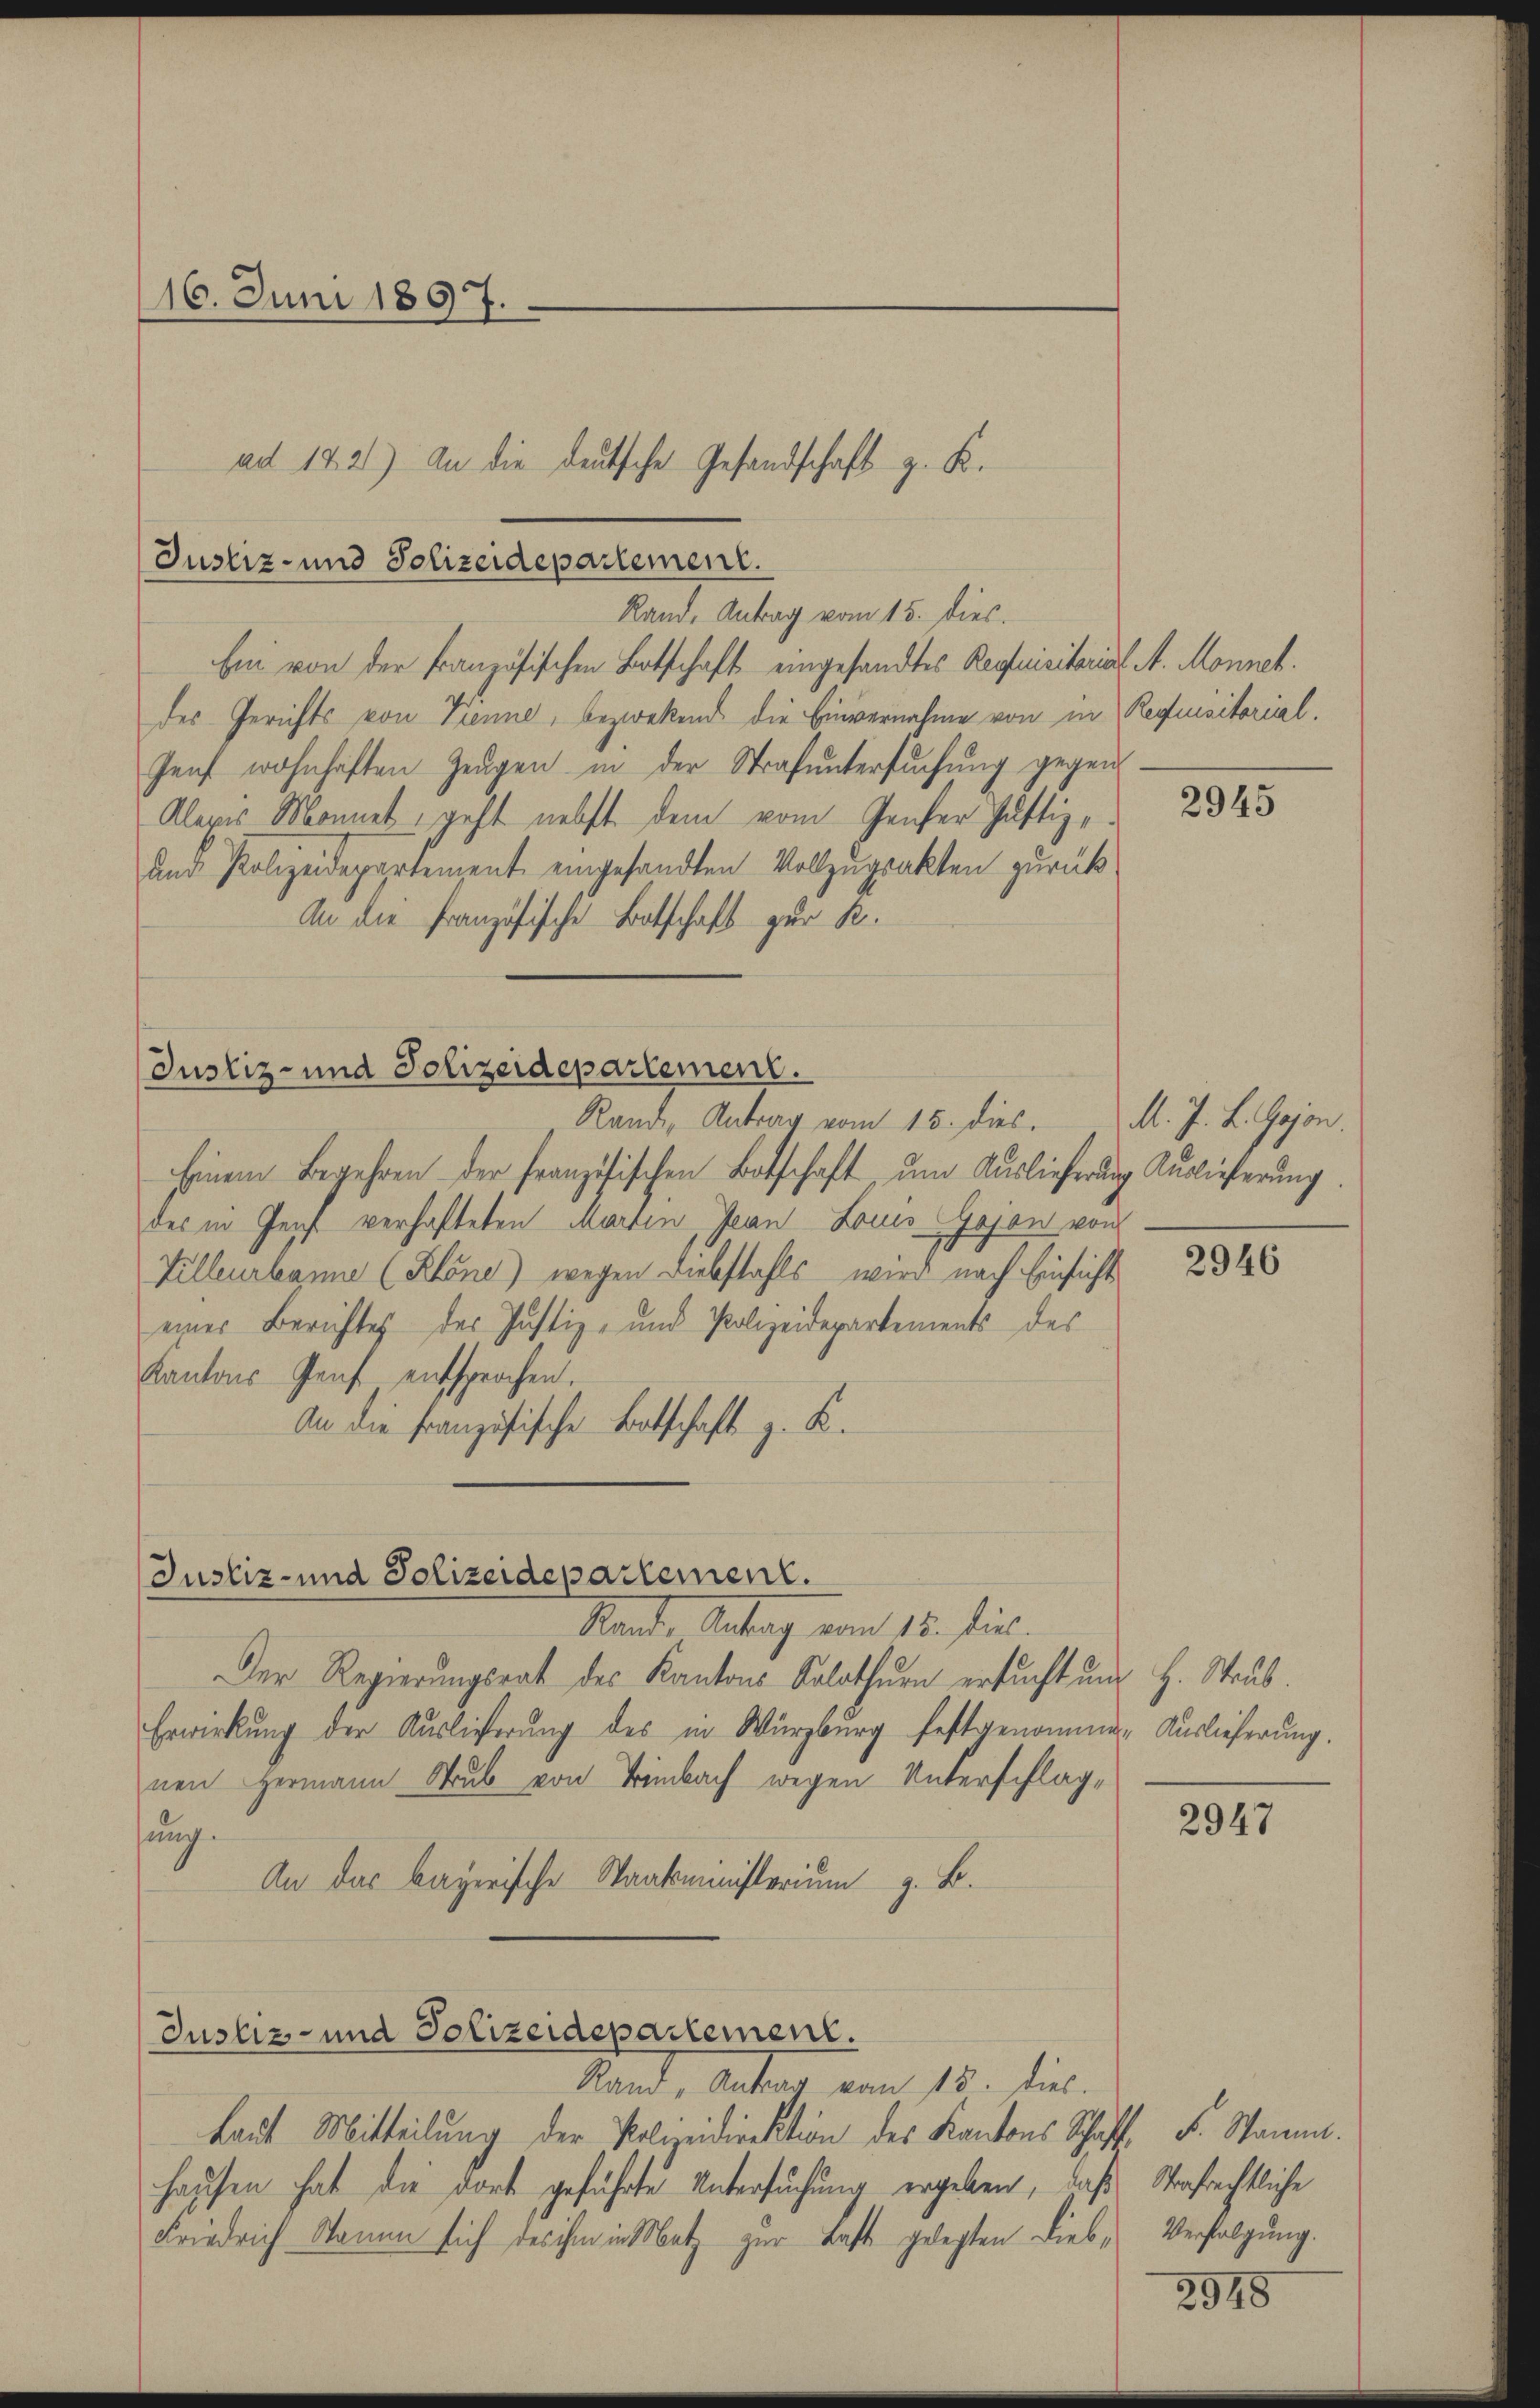
16. Juni 1897.

Ein von der Französischen Botschaft eingesandtes Requisitariat A. Monnet.
des Gerichts von Trenne, bezwekend die Einvernahme von in Requisitorial.
Genf wohnhaften Zeugen in der Strafuntersuchung gegen
Alexes Monnet, geht nebst dem vom Genfer Justiz-
und Polizeidepartement eingesandten Vollzugsakten zurück
An die Französische Botschaft zur R.

Justiz- und Polizeidepartement.

Einem Begehren der französischen Botschaft um Auslieferung Auslieferung.
des in Genf verhafteten Martin, Jean Louis-Gojan von
Villeurbanne (Klöne) wegen Diebstahls wird nach Einsicht
einer Berichtes der Justiz- und Polizeidepartements des
Kantons Genf entsprochen.
An die französische Botschaft z. K.

Stand, Antrag vom 15. Jul.
Der Regierungsrat des Kantons Solothurn ersucht um H. Staub.
Erwirkung der Auslieferung des in Würzburg festgenommen Auslieferung.
nen Hermann Strub von Tembach wegen Unterschlag-
sung.
An das bayerische Staatsministerium z. B.

Rand, Antrag vom 15. dies

ad 122) An die deutsche Gesandschaft z. K.

Justiz- und Polizeidepartement.
Rande, Antrag vom 15. dies

Justiz- und Polizeidepartement.

Justiz- und Polizeidepartement.

Rand, Antrag vom 15. dies.
Laut Mitteilung der Polizeidirektion des Kantons Schaft F. Stamm.
hausen hat die dort geführte Untersuchung ergeben, daß Strafrechtliche
Friedrich Namen sich des ihm in Metz zur Last gelegten Dieb¬

2945

M. J. L. Gojon.

2946

2947

Verfolgung.

2948